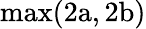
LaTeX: \mathrm{{max}(2a,2b)}